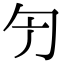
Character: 𠣐